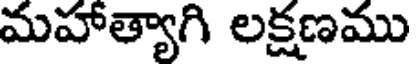
మహాత్యాగి లక్షణము